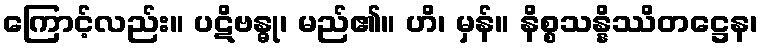
ကြောင့်လည်း။ ပဋိဗန္ဓု၊ မည်၏။ ဟိ၊ မှန်။ နိစ္စသန္နိဿိတဋ္ဌေန၊